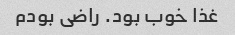
غذا خوب بود. راضی بودم